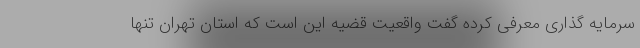
سرمایه گذاری معرفی کرده گفت واقعیت قضیه این است که استان تهران تنها